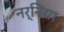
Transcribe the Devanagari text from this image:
नर्निया